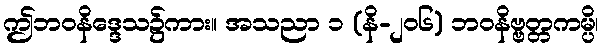
ဤဘဝနိဒ္ဒေသ၌ကား။ အသညာ ၁ (နိ-၂၀၆) ဘဝနိဗ္ဗတ္တကမ္ပိ၊